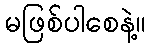
မဖြစ်ပါစေနဲ့။